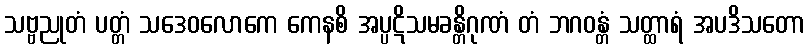
သဗ္ဗညုတံ ပတ္တံ သဒေဝလောကေ ကေနစိ အပ္ပဋိသမခန္တိဂုဏံ တံ ဘဂဝန္တံ သတ္ထာရံ အပဒိသတော